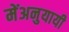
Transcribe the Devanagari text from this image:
मेंअनुयायी